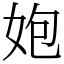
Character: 㚿